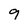
Character: 9